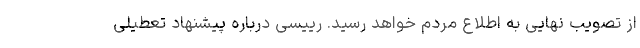
از تصویب نهایی به اطلاع مردم خواهد رسید. رییسی درباره پیشنهاد تعطیلی